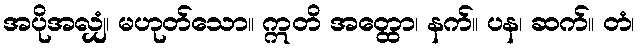
အပိုအလျှံ၊ မဟုတ်သော။ ဣတိ အတ္ထော၊ နက်။ ပန၊ ဆက်။ တံ၊